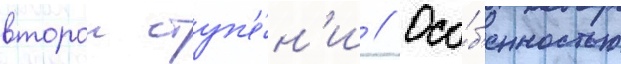
второи ступ'е́н'и // Осо́б'енностью